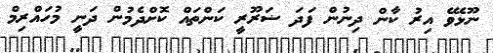
ނޫޅެވޭ އިރު ކާން ދިނުން ފަދަ ޟަރޫރީ ކަންތައް ކޮށްދެމުން ދަނީ މުހައްރިމް